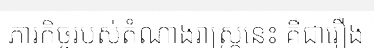
ភារកិច្ចរបស់តំណាងរាស្ត្រនេះ គឺជារឿង